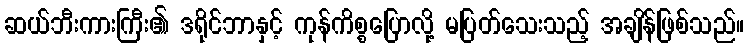
ဆယ်ဘီးကားကြီး၏ ဒရိုင်ဘာနှင့် ကုန်ကိစ္စပြောလို့ မပြတ်သေးသည့် အချိန်ဖြစ်သည်။